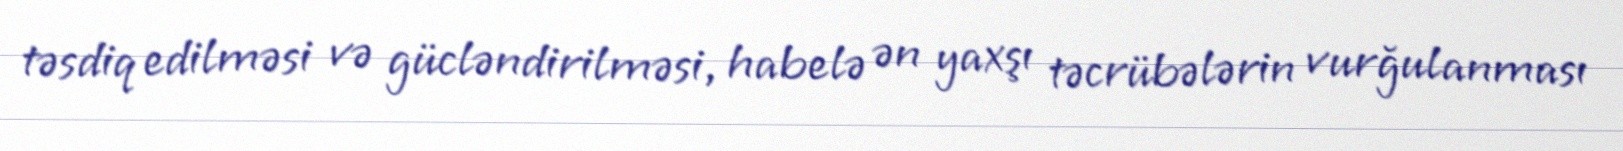
təsdiq edilməsi və gücləndirilməsi, habelə ən yaxşı təcrübələrin vurğulanması